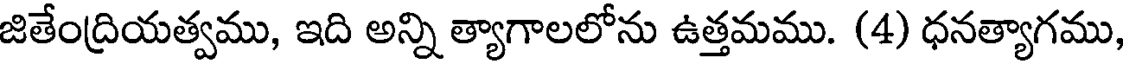
జితేంద్రియత్వము, ఇది అన్ని త్యాగాలలోను ఉత్తమము. (4) ధనత్యాగము,